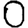
Digit: 0